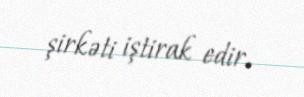
şirkəti iştirak edir.